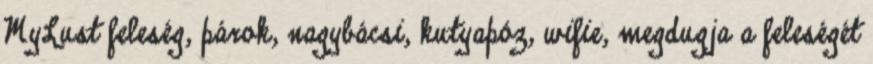
MyLust feleség, párok, nagybácsi, kutyapóz, wifie, megdugja a feleségét